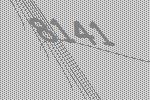
8141